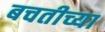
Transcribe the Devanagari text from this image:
बचतीच्या